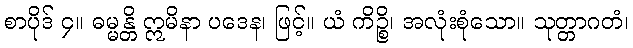
စာပိုဒ် ၄။ ဓမ္မန္တိ ဣမိနာ ပဒေန၊ ဖြင့်။ ယံ ကိဉ္စိ၊ အလုံးစုံသော။ သုတ္တာဂတံ၊